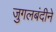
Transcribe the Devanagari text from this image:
जुगलबंदीने